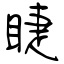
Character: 睫